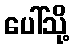
ပေါ်သို့